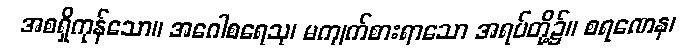
အစရှိကုန်သော။ အဂေါစရေသု၊ မကျက်စားရာသော အရပ်တို့၌။ စရဏေန၊